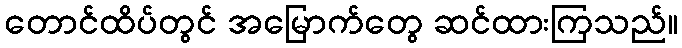
တောင်ထိပ်တွင် အမြောက်တွေ ဆင်ထားကြသည်။